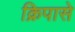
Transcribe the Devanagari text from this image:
क्रिपासे